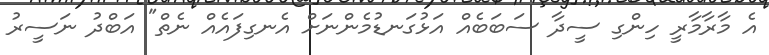
އެ މާރާމާރީ ހިންގި ސީދާ ސަބަބެއް އަޅުގަނޑުމެންނަށް އެނގިފައެއް ނެތް" އަބްދު ނަސީރު